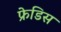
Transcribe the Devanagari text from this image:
फ्रेडिस